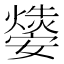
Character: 𤑁